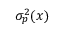
\sigma _ { p } ^ { 2 } ( x )